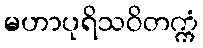
မဟာပုရိသဝိတက္ကံ